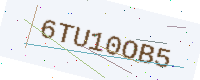
Text: 6TU10OB5